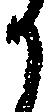
か